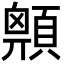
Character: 𩔅